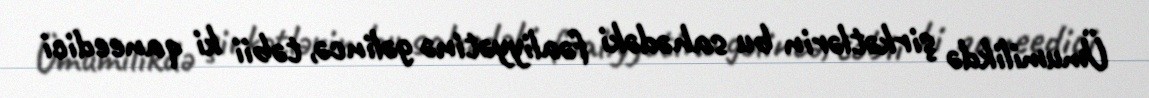
Ümumilikdə şirkətlərin bu sahədəki fəaliyyətinə gəlincə, təbii ki qaneedici